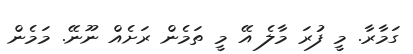
ގަމާރާ. މީ ފުރަ މާލެ އޭ މީ ތަމެން ރަށެއް ނޫނޭ. މަމެން